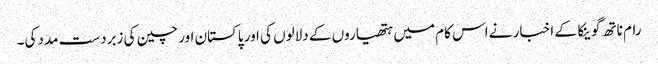
رام ناتھ گوینکا کے اخبار نے اس کام میں ہتھیاروں کے دلالوں کی اور پاکستان اور چین کی زبردست مدد کی۔